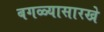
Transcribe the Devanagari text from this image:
बगळ्यासारखे